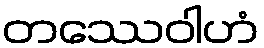
တဿေဝါဟံ